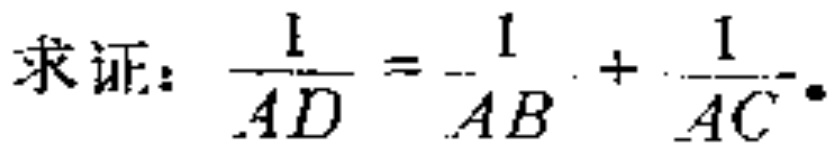
求证：$\frac{1}{AD}=-\frac{1}{AB}+\frac{1}{AC}$。